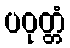
ပဝုတ္တံ